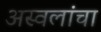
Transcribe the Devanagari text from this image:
अस्वलांचा